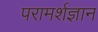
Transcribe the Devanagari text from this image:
परामर्शज्ञान